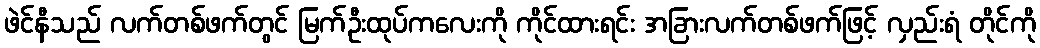
ဖဲင်နီသည် လက်တစ်ဖက်တွင် မြက်ဦးထုပ်ကလေးကို ကိုင်ထားရင်း အခြားလက်တစ်ဖက်ဖြင့် လှည်းရံ တိုင်ကို